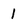
Character: 1